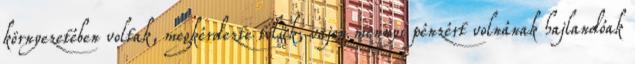
környezetében voltak, megkérdezte tőlük, vajon mennyi pénzért volnának hajlandóak